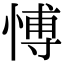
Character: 愽